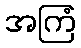
အကြံ